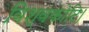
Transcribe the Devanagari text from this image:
विश्वकोटि।